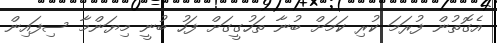
އެގޮތުން ފުރަމަ ކުރި ކަމަށް ބުނާ ތަހުގީގަށް ފަހު ބުނީ މިޔަންމާ ސިފައިން